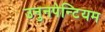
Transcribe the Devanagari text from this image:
उनुनपेन्टियम